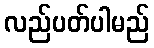
လည်ပတ်ပါမည်